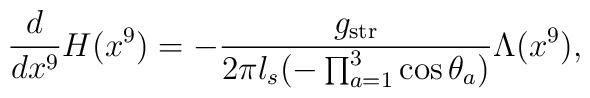
\frac{d}{dx^9}H(x^9)=-\frac{g_{\rm str}}{2\pi l_s(-\prod_{a=1}^3\cos\theta_a)}\Lambda(x^9),